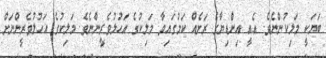
ބަޔަކީ މަލިކުންނެވެ. އެއީ އިންޑިޔާގެ ރަށެއް ކަމުގައިވާ މަލިކުގެ އަހުލުވެރީންނެވެ. މަލިކުގެ އަހުލުވެރީންނަށް